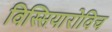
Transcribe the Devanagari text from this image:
विस्सियारोविच